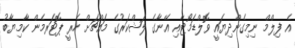
އެ ފިލްމް ނިމިގެންދިޔައީ ވޮލްޑަމޯޓާއި އޭނާގެ ލަޝްކަރުގެ މައްޗަށް ހެރީ ޕޮޓަރމެން ކާމިޔާބު